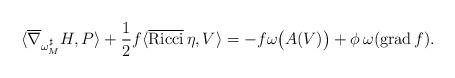
LaTeX: \begin{align*} \langle \overline{\nabla}_{\omega^\sharp_M}H,P\rangle +\frac{1}{2}f\langle\operatorname{\overline{Ricci}}\eta,V\rangle = -f\omega\big(A(V)\big) +\phi\,\omega(\operatorname{grad}f).\end{align*}